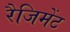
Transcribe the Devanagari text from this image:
रैजिमेंट